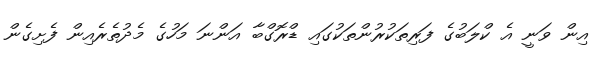
އިން ވަނީ އެ ކްލަބުގެ ފަރިތަކުރުންތަކުގައި ޑްރޮގްބާ އަންނަ މަހުގެ މެދުތެރެއިން ފެށިގެން